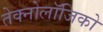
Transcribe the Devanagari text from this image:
तेक्नोलॉजिको